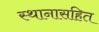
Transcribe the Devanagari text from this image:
स्थानासहित